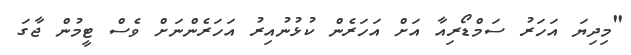
"މިދިޔަ އަހަރު ސަމްޑޯރިއާ އަށް އަހަރެން ކުޅުނުއިރު އަހަރެންނަށް ވެސް ޓީމުން ޖާގަ